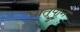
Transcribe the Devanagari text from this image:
धातूपाून